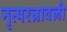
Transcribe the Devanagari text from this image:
नृत्यरत्नावली